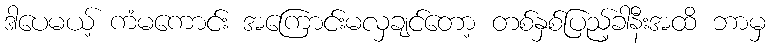
ဒါပေမယ့် ကံမကောင်း အကြောင်းမလှချင်တော့ တစ်နှစ်ပြည့်ခါနီးအထိ ဘာမှ